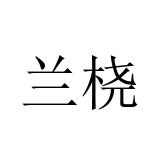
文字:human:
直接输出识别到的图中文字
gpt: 兰桡